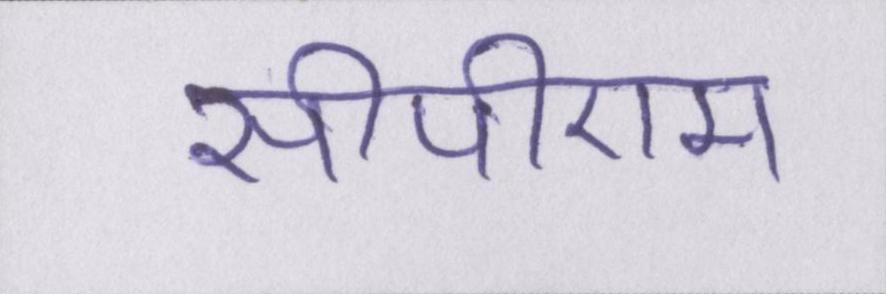
सीपीएम